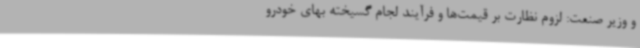
و وزیر صنعت: لزوم نظارت بر قیمت‌ها و فرآیند لجام گسیخته بهای خودرو